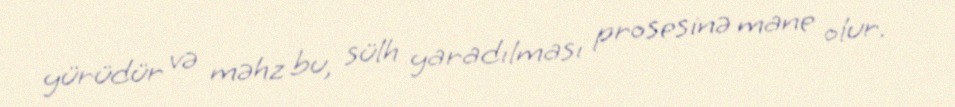
yürüdür və məhz bu, sülh yaradılması prosesinə mane olur.